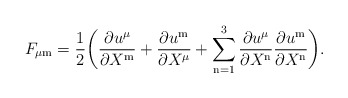
\begin{align*}F_{\mu \mathrm{m}} = {1\over 2}\biggl( {\partial u^\mu\over \partial X^{\mathrm{m}}}+{\partial u^{\mathrm{m}}\over \partial X^\mu}+ \sum_{\mathrm{n}=1}^3 {\partial u^\mu\over \partial X^{\mathrm{n}}} {\partial u^{\mathrm{m}}\over \partial X^{\mathrm{n}}}\biggr).\end{align*}